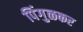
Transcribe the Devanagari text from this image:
पिंगुळकर